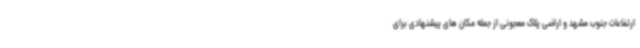
ارتفاعات جنوب مشهد و اراضی پلاک معجونی از جمله مکان های پیشنهادی برای